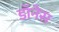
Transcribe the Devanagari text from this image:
डॉनेस